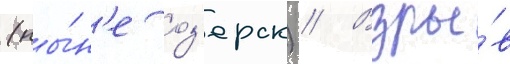
(ны́н'е оз'ерск) // Взры́в